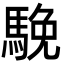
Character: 𩣦